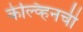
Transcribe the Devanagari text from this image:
केल्व्हिनची